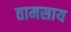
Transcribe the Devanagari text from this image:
तामसाय